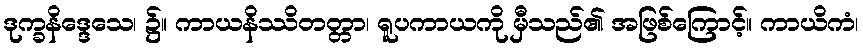
ဒုက္ခနိဒ္ဒေသေ၊ ၌။ ကာယနိဿိတတ္တာ၊ ရူပကာယကို မှီသည်၏ အဖြစ်ကြောင့်။ ကာယိကံ၊